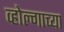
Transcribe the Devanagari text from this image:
व्होल्गाच्या